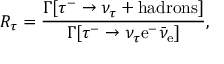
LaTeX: R _ { \tau } = \frac { \Gamma [ \tau ^ { - } \rightarrow \nu _ { \tau } + \mathrm { h a d r o n s } ] } { \Gamma [ \tau ^ { - } \rightarrow \nu _ { \tau } \mathrm { e } ^ { - } \bar { \nu } _ { \mathrm { e } } ] } ,